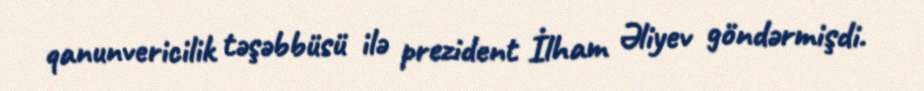
qanunvericilik təşəbbüsü ilə prezident İlham Əliyev göndərmişdi.